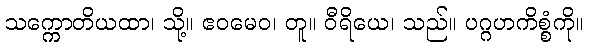
သက္ကောတိယထာ၊ သို့။ ဧဝမေဝ၊ တူ။ ဝီရိယေ၊ သည်။ ပဂ္ဂဟကိစ္စံကို။